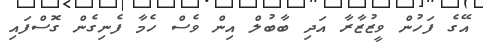
އޭގެ ފަހުން ވީޒުޒާރާ އަދި ބާބުލް އިން ވެސް ހެމާ ފެނިގެން ގޮސްފައި